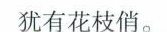
犹有花枝俏。